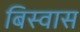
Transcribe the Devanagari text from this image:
बिस्‍वास